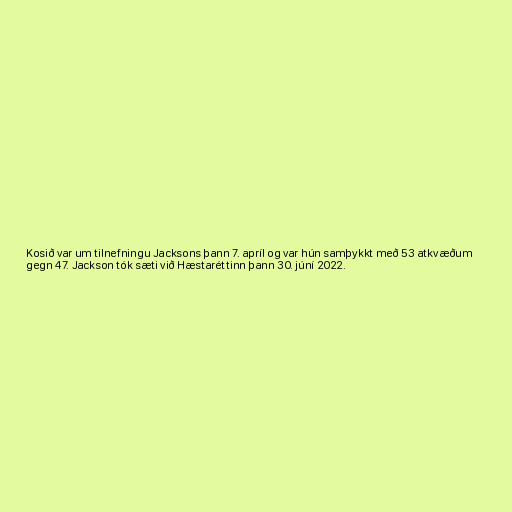
Kosið var um tilnefningu Jacksons þann 7. apríl og var hún samþykkt með 53 atkvæðum
gegn 47. Jackson tók sæti við Hæstaréttinn þann 30. júní 2022.